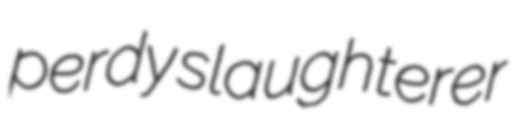
perdy slaughterer